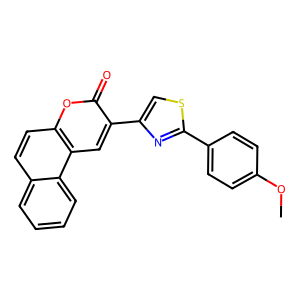
SMILES: COc1ccc(-c2nc(-c3cc4c(ccc5ccccc54)oc3=O)cs2)cc1
Inhibits HIV replication: No